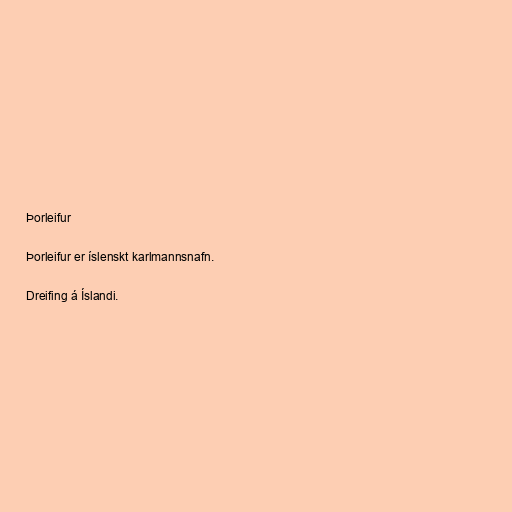
Þorleifur

Þorleifur er íslenskt karlmannsnafn.

Dreifing á Íslandi.